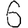
Digit: 6